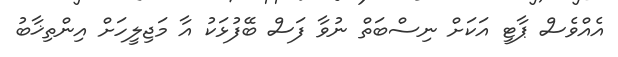
އެއްވެސް ޕާޓީ އަކަށް ނިސްބަތް ނުވާ ފަސް ބޭފުޅަކު އާ މަޖިލީހަށް އިންތިޚާބު